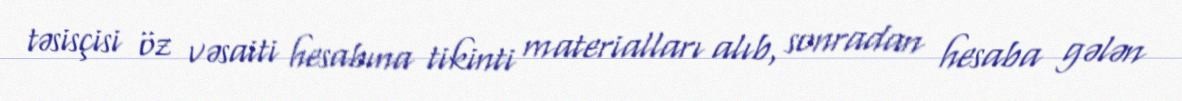
təsisçisi öz vəsaiti hesabına tikinti materialları alıb, sonradan hesaba gələn